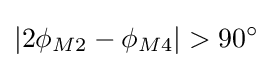
|2\phi _{M2}-\phi _{M4}|>90^{\circ }